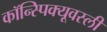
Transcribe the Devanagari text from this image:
कॉन्स्पिक्यूवस्ली